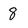
Character: 8